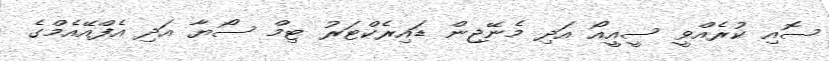
ސޮއި ކުރެއްވީ ސީއީއޯ އަދި މެނޭޖިން ޑައިރެކްޓަރު ޓިމް ސޯޔާ އަދި އެފްއޭއެމްގެ